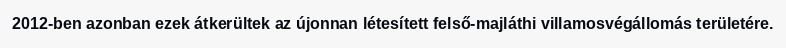
2012-ben azonban ezek átkerültek az újonnan létesített felső-majláthi villamosvégállomás területére.